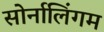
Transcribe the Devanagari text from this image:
सोर्नालिंगम